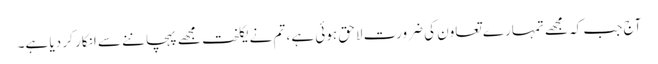
آج جب کہ مجھے تمہارے تعاون کی ضرورت لاحق ہوئی ہے ، تم نے یکلخت مجھے پہچاننے سے انکار کر دیا ہے۔